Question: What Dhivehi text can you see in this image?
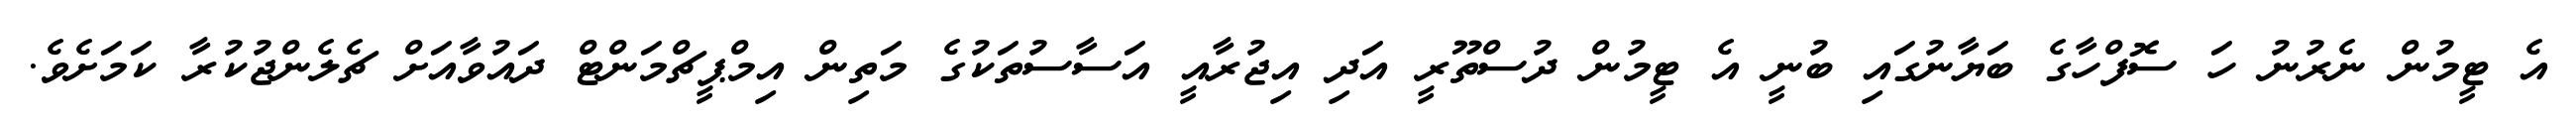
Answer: އެ ޓީމުން ނެރުނު ހަ ސޮފްހާގެ ބަޔާނުގައި ބުނީ އެ ޓީމުން ދުސްތޫރީ އަދި އިޖުރާއީ އަސާސުތަކުގެ މަތިން އިމްޕީޗްމަންޓް ދައުވާއަށް ޗެލެންޖުކުރާ ކަމަށެވެ.